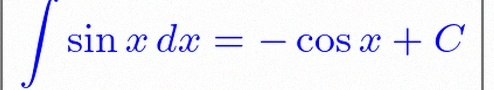
\int \sin x\,dx=-\cos x+C